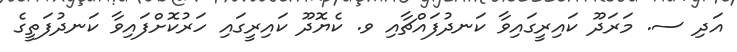
އަދި ސ. މަރަދޫ ކައިރީގައިވާ ކަނދުފައްޗާއި ވ. ކެޔޮދޫ ކައިރީގައި ހަރުކޮށްފައިވާ ކަނދުފަތީގެ